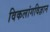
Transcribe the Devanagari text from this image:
विकलांगविज्ञान